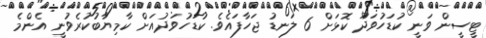
ޓީސީން ވަނީ ކުޑަހުވަދޫ ކޮޅަށް 6 ލަނޑު ޖަހާފައެވެ. ކުޑަހުވަދުއަށް ކާމިޔާބުކުރެވުނީ އެންމެ